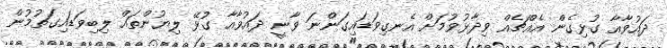
ދައުވާއާ ގުޅިގެން އެއްޗެއް ވިދާޅުވުމަށް އެނގިވަޑައިގަންނަ ވާނީ ދައުވާއާ ގުޅޭ ލިޔުންތައް ލިބިވަޑައިގަތުމުން